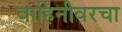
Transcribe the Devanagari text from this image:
वाहिनीवरचा